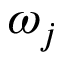
\omega _ { j }